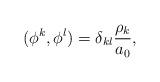
LaTeX: \begin{align*} (\phi^k,\phi^l)=\delta_{kl}\frac{\rho_k}{a_0},\end{align*}